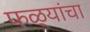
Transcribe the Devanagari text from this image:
फळ्यांचा